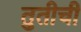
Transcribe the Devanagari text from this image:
तुतीची